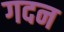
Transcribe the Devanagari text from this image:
गदन